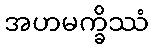
အဟမက္ခိဿံ